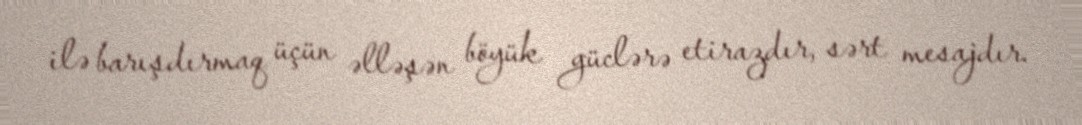
ilə barışdırmaq üçün əlləşən böyük güclərə etirazdır, sərt mesajdır.